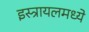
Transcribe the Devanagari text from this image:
इस्त्रायलमध्ये